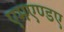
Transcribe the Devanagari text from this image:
एमएण्डए